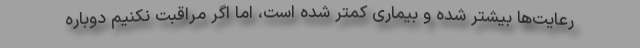
رعایت‌ها بیشتر شده و بیماری کمتر شده است، اما اگر مراقبت نکنیم دوباره